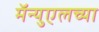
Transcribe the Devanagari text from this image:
मॅन्युएलच्या